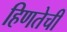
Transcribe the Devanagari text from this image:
हिणतेची